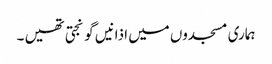
ہماری مسجدوں میں اذانیں گونجتی تھیں ۔